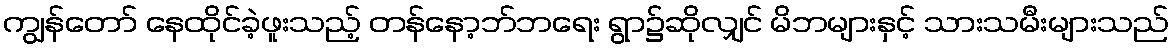
ကျွန်တော် နေထိုင်ခဲ့ဖူးသည့် တန်နော့ဘ်ဘရေး ရွာ၌ဆိုလျှင် မိဘများနှင့် သားသမီးများသည်